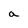
Character: a